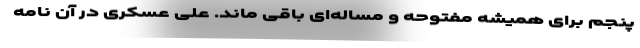
پنجم برای همیشه مفتوحه و مساله‌ای باقی ماند. علی عسکری در آن نامه